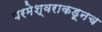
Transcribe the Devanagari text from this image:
परमेश्वराकडूनच